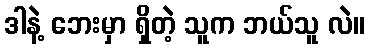
ဒါနဲ့ ဘေးမှာ ရှိတဲ့ သူက ဘယ်သူ လဲ။